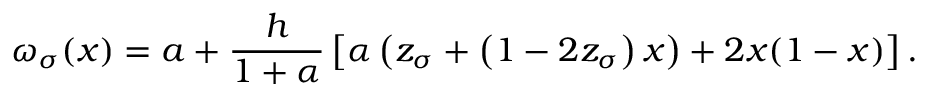
\omega _ { \sigma } ( x ) = a + \frac { h } { 1 + \alpha } \left[ \alpha \left( z _ { \sigma } + \left( 1 - 2 z _ { \sigma } \right) x \right) + 2 x ( 1 - x ) \right] .